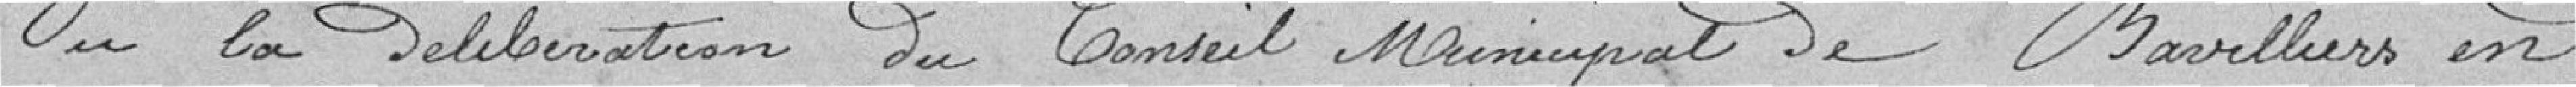
Vu la délibération du conseil municipal de Bavilliers en